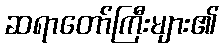
ဆရာတော်ကြီးများ၏